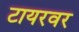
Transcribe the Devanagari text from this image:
टायरवर